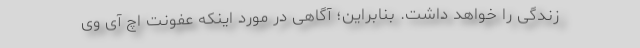
زندگی را خواهد داشت. بنابراین؛ آگاهی در مورد اینکه عفونت اچ آی وی